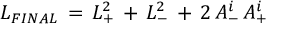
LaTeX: { \cal L } _ { F I N A L } \, = \, { \cal L } _ { + } ^ { 2 } \, + \, { \cal L } _ { - } ^ { 2 } \, + \, 2 \, A _ { - } ^ { i } \, A _ { + } ^ { i }